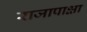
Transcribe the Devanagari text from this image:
राजापाक्षा